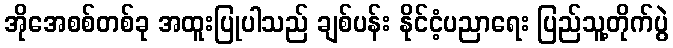
အိုအေစစ်တစ်ခု အထူးပြုပါသည် ချစ်ပန်း နိုင်ငံ့ပညာရေး ပြည်သူ့တိုက်ပွဲ